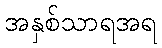
အနှစ်သာရအရ